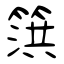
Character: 篊